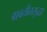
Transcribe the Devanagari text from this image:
बाबतीतसुद्धा